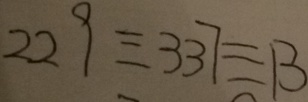
2 2 9 \equiv 3 3 7 \equiv 1 3